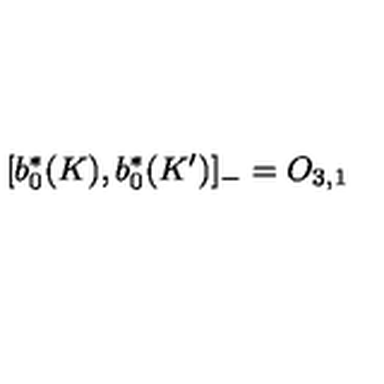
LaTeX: \lbrack b _ { 0 } ^ { \ast } ( K ) , b _ { 0 } ^ { \ast } ( K ^ { \prime } ) ] _ { - } = O _ { 3 , 1 }